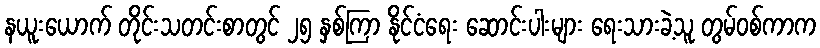
နယူးယောက် တိုင်းသတင်းစာတွင် ၂၅ နှစ်ကြာ နိုင်ငံရေး ဆောင်းပါးများ ရေးသားခဲ့သူ တွမ်ဝစ်ကာက